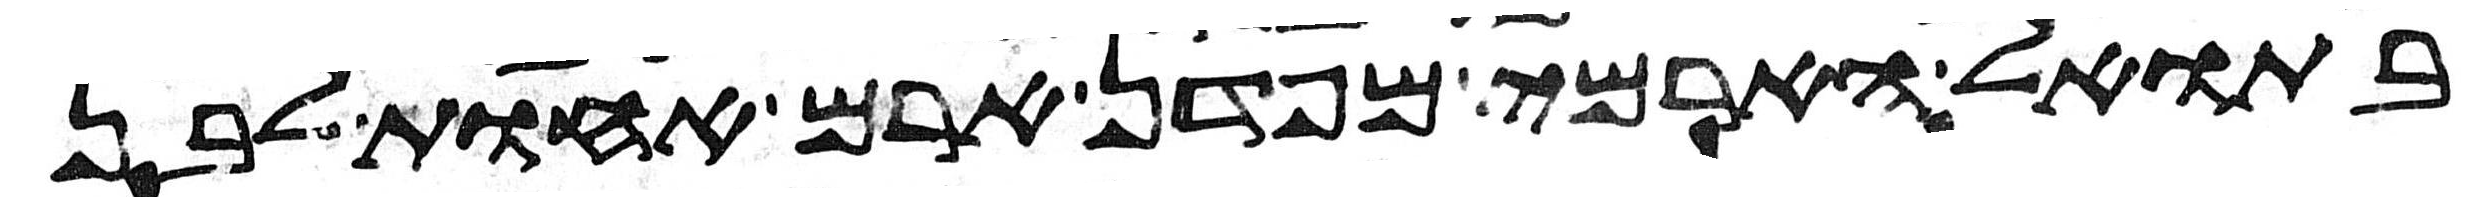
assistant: בתואל הארמי מפדן ארם אחות לבן